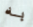
به